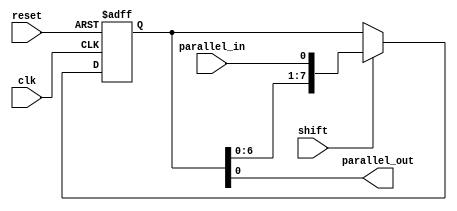
module PIPO_shift_register(
    input wire clk,
    input wire reset,
    input wire parallel_in,
    input wire shift,
    output wire parallel_out
);

reg [7:0] data; // 8-bit shift register

always @(posedge clk or posedge reset) begin
    if (reset) begin
        data <= 8'b0; // Reset the shift register to 0
    end else begin
        if (shift) begin
            data <= {data[6:0], parallel_in}; // Shift in the parallel input
        end
    end
end

assign parallel_out = data; // Output the parallel data from the shift register

endmodule